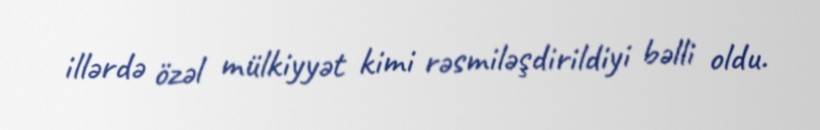
illərdə özəl mülkiyyət kimi rəsmiləşdirildiyi bəlli oldu.